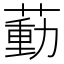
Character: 𦹝